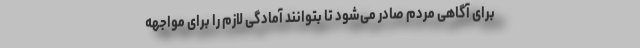
برای آگاهی مردم صادر می‌شود تا بتوانند آمادگی لازم را برای مواجهه